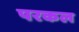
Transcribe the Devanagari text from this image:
परकल